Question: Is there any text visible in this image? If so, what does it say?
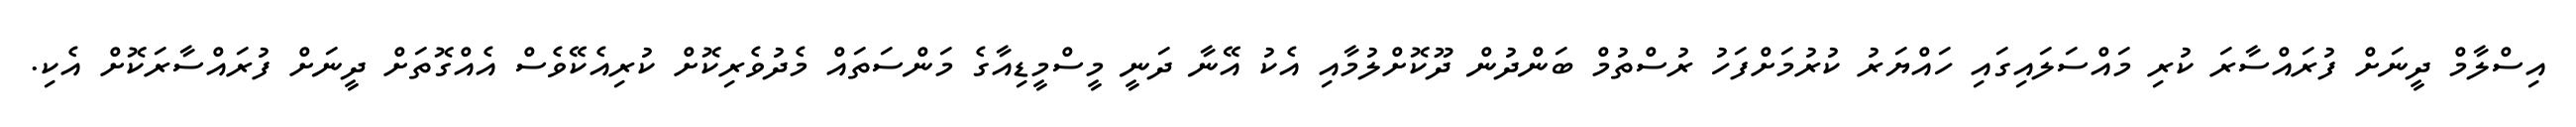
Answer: އިސްލާމް ދީނަށް ފުރައްސާރަ ކުރި މައްސަލައިގައި ހައްޔަރު ކުރުމަށްފަހު ރުސްތުމް ބަންދުން ދޫކޮށްލުމާއި އެކު އޭނާ ދަނީ މީސްމީޑިއާގެ މަންސަތައް މެދުވެރިކޮށް ކުރިއެކޭވެސް އެއްގޮތަށް ދީނަށް ފުރައްސާރަކޮށް އެކި.